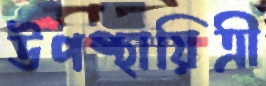
উপস্থায়িত্রী